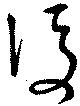
後